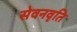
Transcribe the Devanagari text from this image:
सेवनवृति